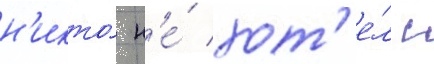
н'икто́ н'е́ хот'е́л с